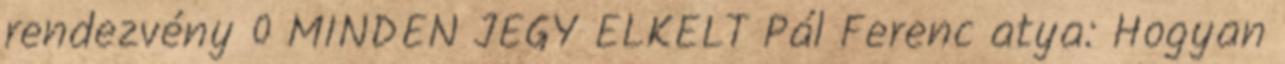
rendezvény 0 MINDEN JEGY ELKELT Pál Ferenc atya: Hogyan